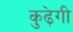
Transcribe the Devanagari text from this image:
कुढ़ेगी